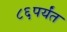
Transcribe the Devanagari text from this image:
८६पर्यंत